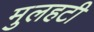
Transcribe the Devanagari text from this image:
मुलहटी